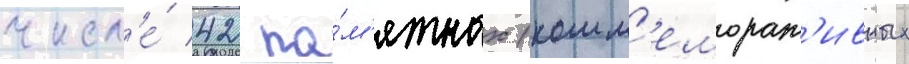
числ'е́ 42 па́м'ятных (комм'еморат'ивных